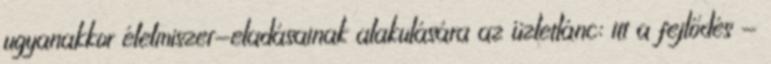
ugyanakkor élelmiszer-eladásainak alakulására az üzletlánc: itt a fejlődés -